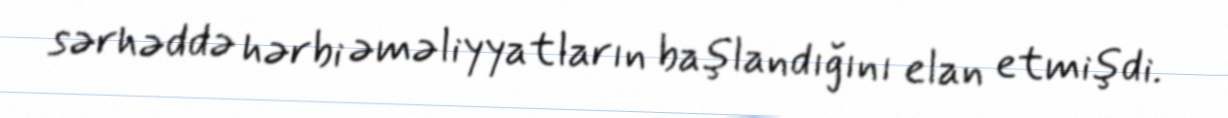
sərhəddə hərbi əməliyyatların başlandığını elan etmişdi.